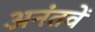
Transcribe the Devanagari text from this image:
अनंतवें